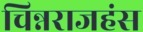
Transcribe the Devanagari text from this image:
चिन्नराजहंस